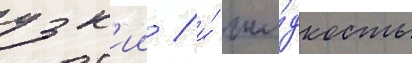
узк'ии / и́ жи́дкость